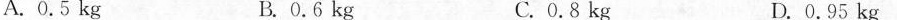
A.0.5kg B.0.6kg C.0.8kg D.0.95kg